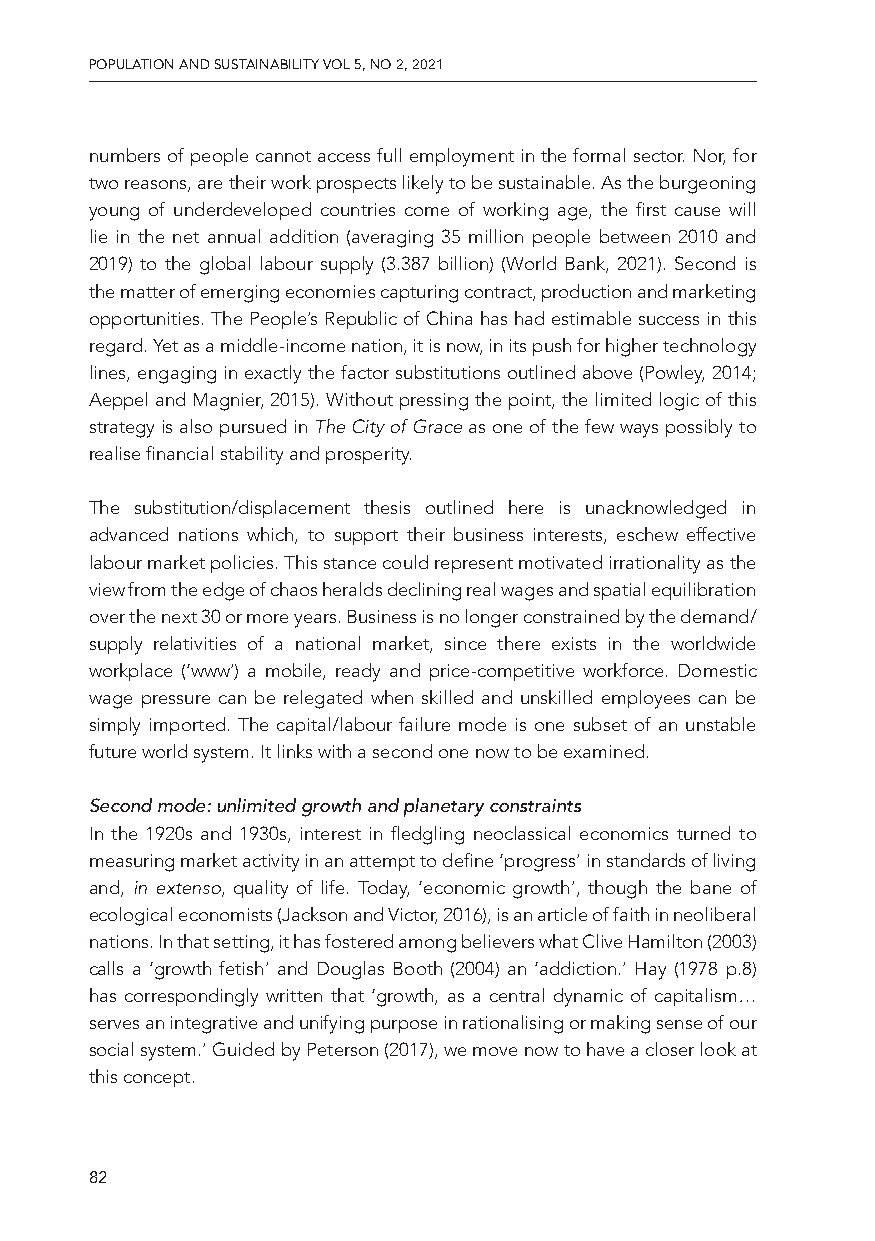
PPOOPPUULLAATTIIOONN AANNDD SSUUSSTTAAIINNAABBIILLIITTYY VVOOLL 55,, NNOO 22,, 22002211
 numbers of people cannot access full employment in the formal sector. Nor, for
 two reasons, are their work prospects likely to be sustainable. As the burgeoning
 young of underdeveloped countries come of working age, the first cause will
 lie in the net annual addition (averaging 35 million people between 2010 and
 2019) to the global labour supply (3.387 billion) (World Bank, 2021). Second is
 the matter of emerging economies capturing contract, production and marketing
 opportunities. The People’s Republic of China has had estimable success in this
 regard. Yet as a middle-income nation, it is now, in its push for higher technology
 lines, engaging in exactly the factor substitutions outlined above (Powley, 2014;
 Aeppel and Magnier, 2015). Without pressing the point, the limited logic of this
 strategy is also pursued in The City of Grace as one of the few ways possibly to
 realise financial stability and prosperity.
 The substitution/displacement thesis outlined here is unacknowledged in
 advanced nations which, to support their business interests, eschew effective
 labour market policies. This stance could represent motivated irrationality as the
 view from the edge of chaos heralds declining real wages and spatial equilibration
 over the next 30 or more years. Business is no longer constrained by the demand/
 supply relativities of a national market, since there exists in the worldwide
 workplace (‘www’) a mobile, ready and price-competitive workforce. Domestic
 wage pressure can be relegated when skilled and unskilled employees can be
 simply imported. The capital/labour failure mode is one subset of an unstable
 future world system. It links with a second one now to be examined.
 Second mode: unlimited growth and planetary constraints
 In the 1920s and 1930s, interest in fledgling neoclassical economics turned to
 measuring market activity in an attempt to define ‘progress’ in standards of living
 and, in extenso, quality of life. Today, ‘economic growth’, though the bane of
 ecological economists (Jackson and Victor, 2016), is an article of faith in neoliberal
 nations. In that setting, it has fostered among believers what Clive Hamilton (2003)
 calls a ‘growth fetish’ and Douglas Booth (2004) an ‘addiction.’ Hay (1978 p.8)
 has correspondingly written that ‘growth, as a central dynamic of capitalism…
 serves an integrative and unifying purpose in rationalising or making sense of our
 social system.’ Guided by Peterson (2017), we move now to have a closer look at
 this concept.
 8822